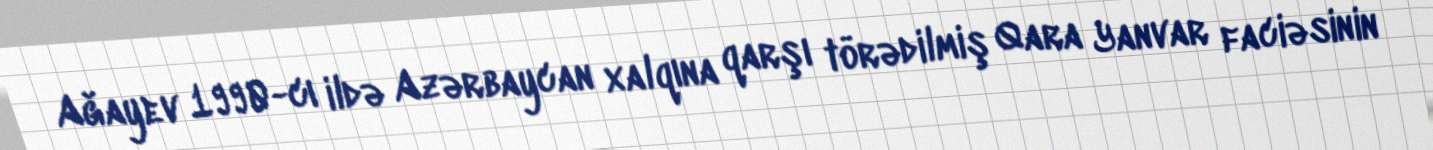
Ağayev 1990-cı ildə Azərbaycan xalqına qarşı törədilmiş Qara Yanvar faciəsinin